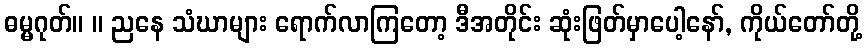
ဓမ္မဂုတ်။ ။ ညနေ သံဃာများ ရောက်လာကြတော့ ဒီအတိုင်း ဆုံးဖြတ်မှာပေါ့နော်, ကိုယ်တော်တို့